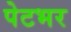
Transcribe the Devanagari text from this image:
पेटभर